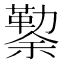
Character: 𰃃